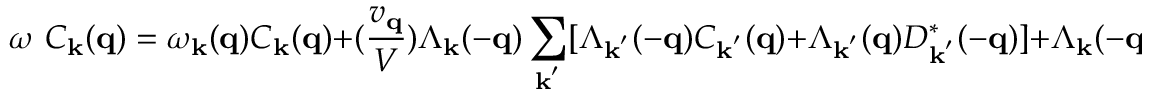
\omega \mathrm { ~ } C _ { { \bf { k } } } ( { \bf { q } } ) = \omega _ { { \bf { k } } } ( { \bf { q } } ) C _ { { \bf { k } } } ( { \bf { q } } ) + ( \frac { v _ { { \bf { q } } } } { V } ) \Lambda _ { { \bf { k } } } ( - { \bf { q } } ) \sum _ { { \bf { k } } ^ { ' } } [ \Lambda _ { { \bf { k } } ^ { ' } } ( - { \bf { q } } ) C _ { { \bf { k } } ^ { ' } } ( { \bf { q } } ) + \Lambda _ { { \bf { k } } ^ { ' } } ( { \bf { q } } ) D _ { { \bf { k } } ^ { ' } } ^ { * } ( - { \bf { q } } ) ] + \Lambda _ { { \bf { k } } } ( - { \bf { q } } )